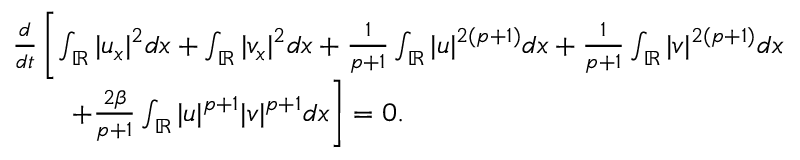
\begin{array} { r l } & { \frac { d } { d t } \left[ \int _ { \mathbb { R } } | u _ { x } | ^ { 2 } d x + \int _ { \mathbb { R } } | v _ { x } | ^ { 2 } d x + \frac { 1 } { p + 1 } \int _ { \mathbb { R } } | u | ^ { 2 ( p + 1 ) } d x + \frac { 1 } { p + 1 } \int _ { \mathbb { R } } | v | ^ { 2 ( p + 1 ) } d x \right. } \\ & { \qquad \left. + \frac { 2 \beta } { p + 1 } \int _ { \mathbb { R } } | u | ^ { p + 1 } | v | ^ { p + 1 } d x \right] = 0 . } \end{array}